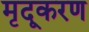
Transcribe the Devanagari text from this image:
मृदूकरण